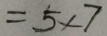
= 5 \times 7